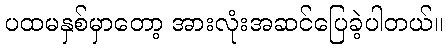
ပထမနှစ်မှာတော့ အားလုံးအဆင်ပြေခဲ့ပါတယ်။